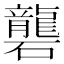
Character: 礱